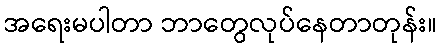
အရေးမပါတာ ဘာတွေလုပ်နေတာတုန်း။